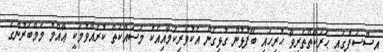
އިސްސަފުގައި ޙަރަކާތްތެރިވާ ހުރިހައި ބޭފުޅުން ގުޅިގެން އެކުވެރިކަމާއިއެކު މަސައްކަތް ކުރެއްވުމަކީ ޢާއްމު މެމްބަރުންގެ